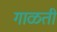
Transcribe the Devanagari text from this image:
गाळती